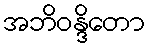
အဘိဝန္ဒိတော